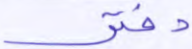
دفتر